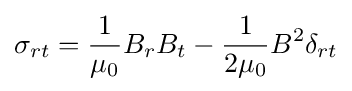
\sigma _{rt}={\frac {1}{\mu _{0}}}B_{r}B_{t}-{\frac {1}{2\mu _{0}}}B^{2}\delta _{rt}